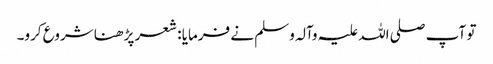
تو آپ صلی اللہ علیہ وآلہ وسلم نے فرمایا : شعر پڑھنا شروع کرو۔